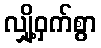
လျှို့ဝှက်စွာ